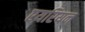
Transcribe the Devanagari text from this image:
एयरियन